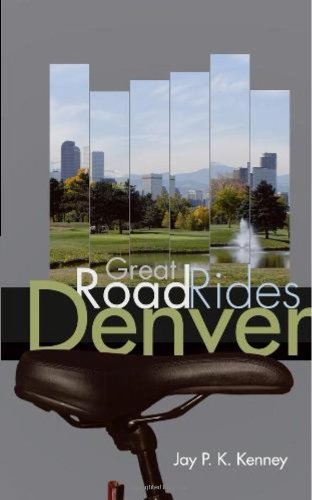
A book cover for Great Road Rides Denver; Jay P.K. Kenney; Travel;